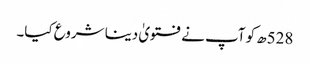
528ھ کو آپ نے فتویٰ دینا شروع کیا۔